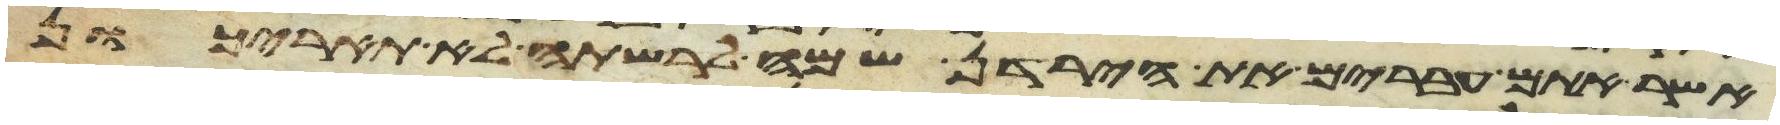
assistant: אשר אתם עברים את הירדן שמה לרשתה לא תאריכון